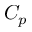
C _ { p }